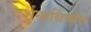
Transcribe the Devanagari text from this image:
दर्शनार्थियोंसे